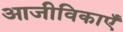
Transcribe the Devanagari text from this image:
आजीविकाएँ